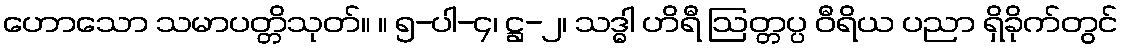
ဟောသော သမာပတ္တိသုတ်။ ။ ၅-ပါ-၄၊ ဋ္ဌ-၂၊ သဒ္ဓါ ဟိရီ ဩတ္တပ္ပ ဝီရိယ ပညာ ရှိခိုက်တွင်